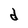
Character: d